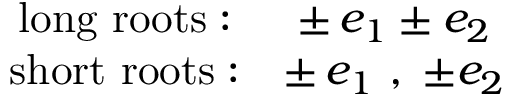
\begin{array} { c c } { { \mathrm { l o n g ~ r o o t s : } } } & { { \pm \, e _ { 1 } \pm e _ { 2 } } } \\ { { \mathrm { s h o r t ~ r o o t s : } } } & { { \pm \, e _ { 1 } ~ , \; \pm e _ { 2 } } } \end{array}